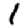
Digit: 1